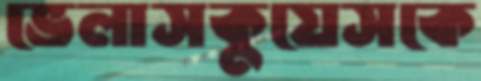
ভেলাসকুয়েসকে